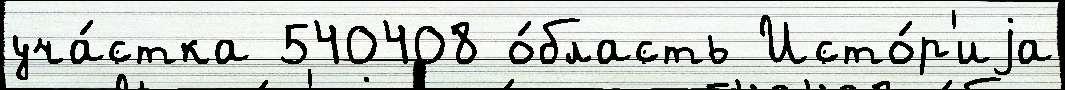
уча́стка 540408 о́бласть Исто́р'иjа